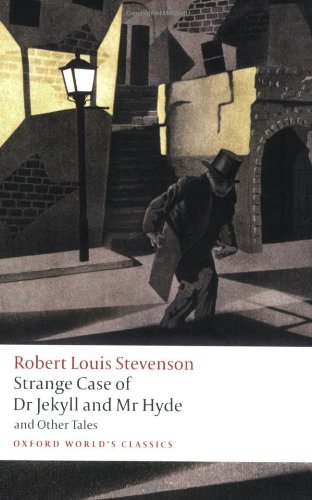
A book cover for Strange Case of Dr Jekyll and Mr Hyde and Other Tales (Oxford World's Classics); Robert Louis Stevenson; Literature & Fiction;